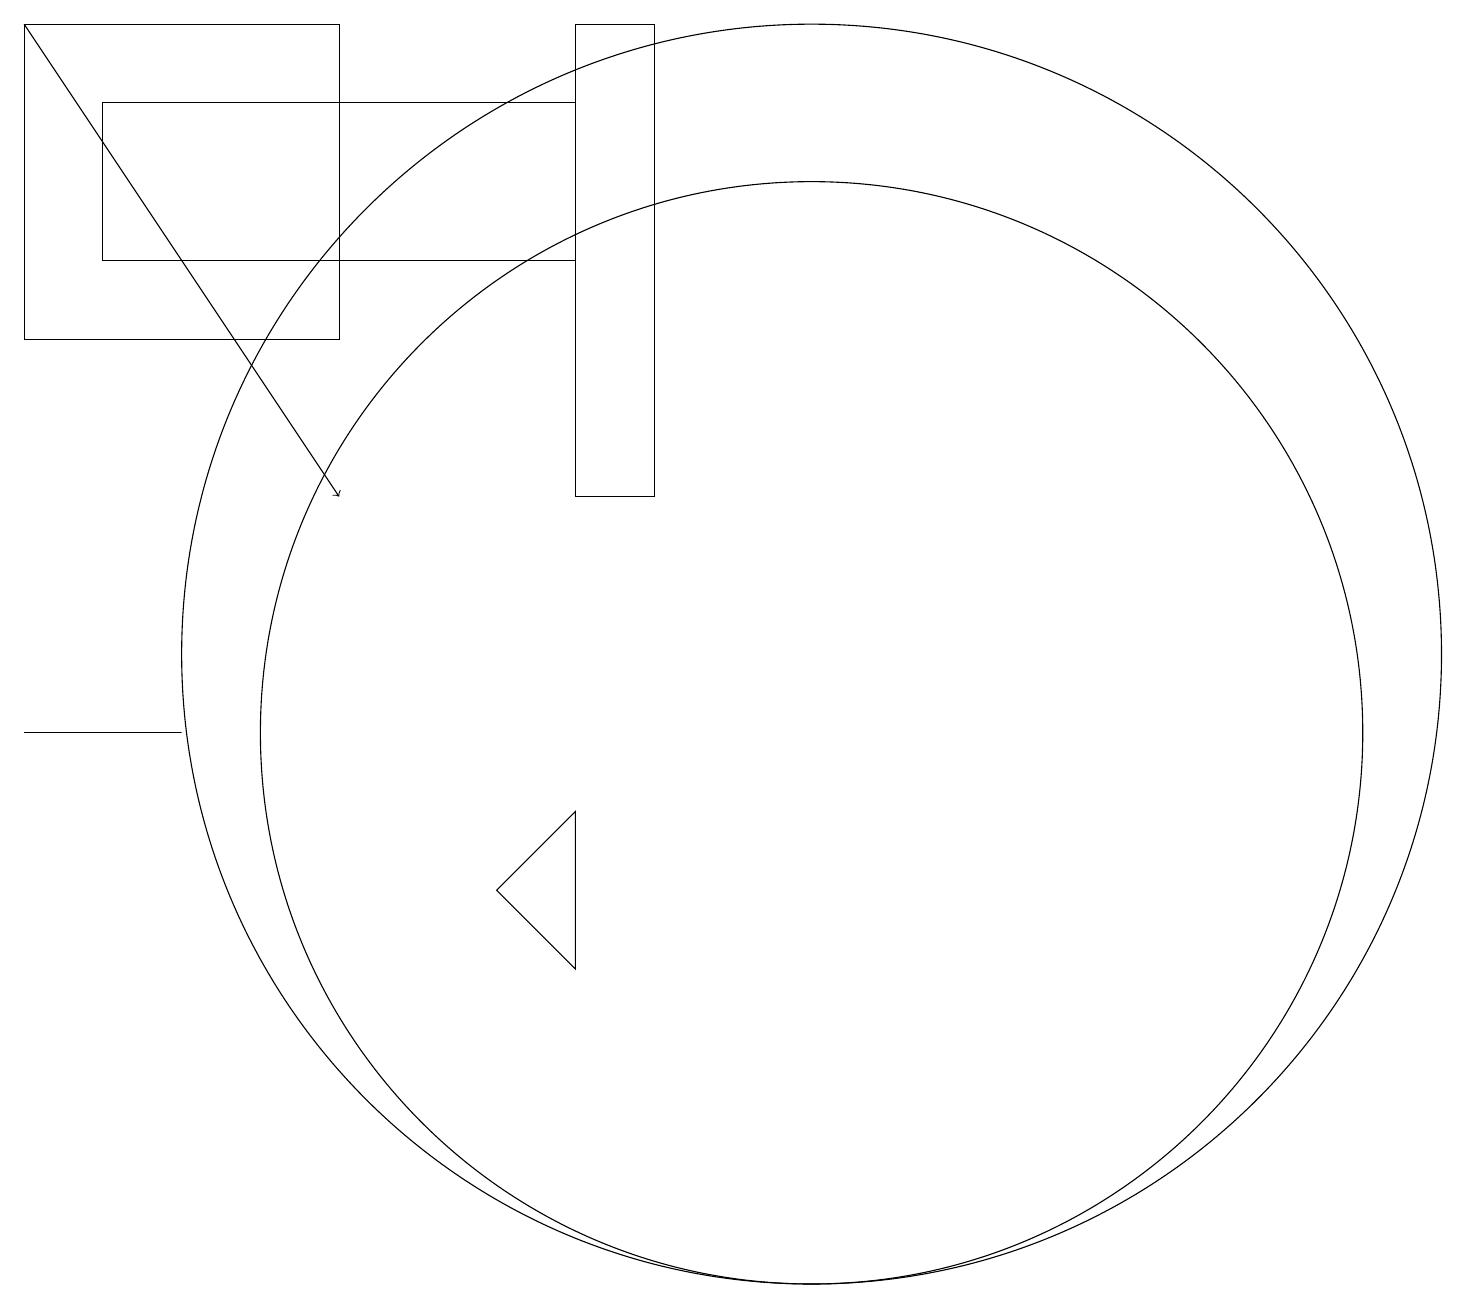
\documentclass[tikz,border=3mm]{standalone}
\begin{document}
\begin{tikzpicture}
\draw (0,10) rectangle (2,10);
\draw (6,8) -- (7,9) -- (7,7) -- cycle;
\draw[->] (0,19) -- (4,13);
\draw (10,10) circle (7);
\draw (8,13) rectangle (7,19);
\draw (1,16) rectangle (7,18);
\draw (10,11) circle (8);
\draw (0,19) rectangle (4,15);
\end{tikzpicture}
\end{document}